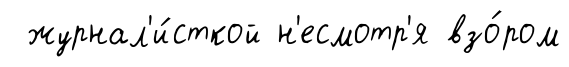
журнал'и́сткой н'есмотр'я взо́ром